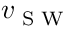
v _ { \textrm { S W } }